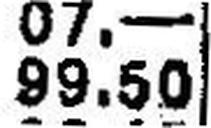
99.50